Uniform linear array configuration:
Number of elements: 24
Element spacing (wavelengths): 0.75
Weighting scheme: uniform
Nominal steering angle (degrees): -45
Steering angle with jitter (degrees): -46.737
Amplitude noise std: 0.05
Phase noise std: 0.05

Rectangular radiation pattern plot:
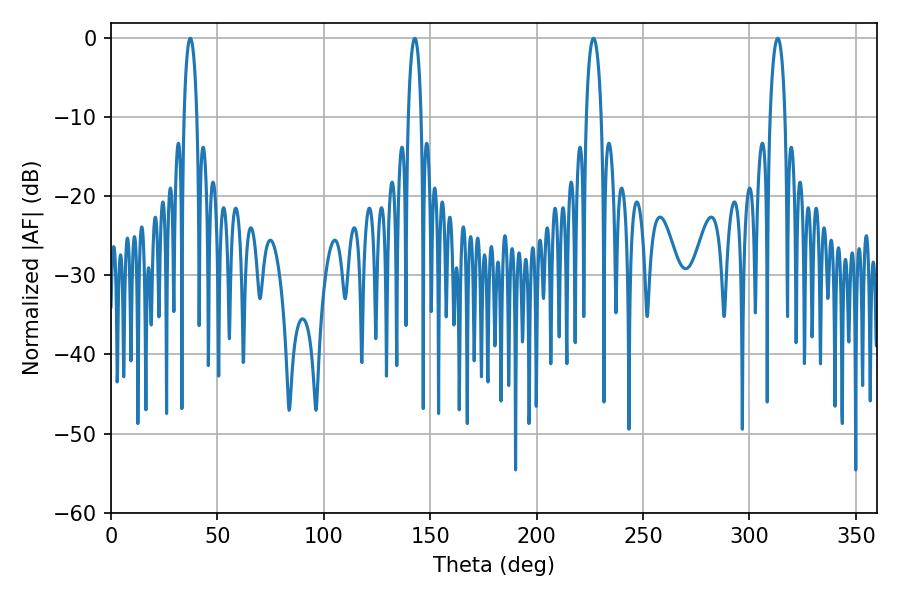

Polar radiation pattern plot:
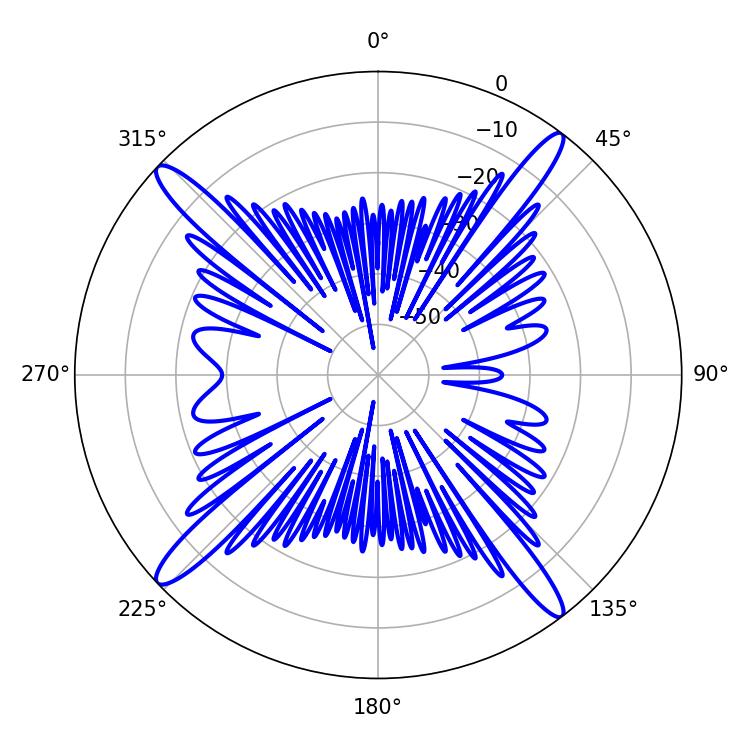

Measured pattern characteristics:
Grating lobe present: TRUE
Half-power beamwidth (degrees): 3.42
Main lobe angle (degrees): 37.26